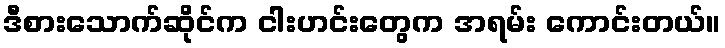
ဒီစားသောက်ဆိုင်က ငါးဟင်းတွေက အရမ်း ကောင်းတယ်။